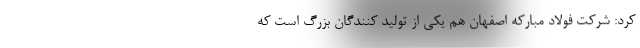
کرد: شرکت فولاد مبارکه اصفهان هم یکی از تولید کنندگان بزرگ است که